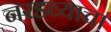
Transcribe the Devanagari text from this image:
नरडव्याचा